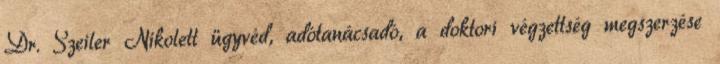
Dr. Szeiler Nikolett ügyvéd, adótanácsadó, a doktori végzettség megszerzése